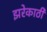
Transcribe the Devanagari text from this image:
झरेकाठी